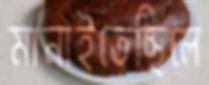
মানাইতেছিলে